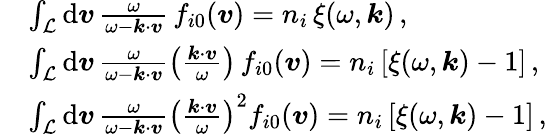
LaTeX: \begin{array}{rl}&{\int_{\mathcal{L}}\mathrm{d}\boldsymbol{v}\, \frac{\omega}{\omega-\boldsymbol{k}\cdot\boldsymbol{v}}\, f_{i0}(\boldsymbol{v})=n_{i}\, \xi(\omega,\boldsymbol{k})\, ,}\\ &{\int_{\mathcal{L}}\mathrm{d}\boldsymbol{v}\, \frac{\omega}{\omega-\boldsymbol{k}\cdot\boldsymbol{v}}\left(\frac{\boldsymbol{k}\cdot\boldsymbol{v}}{\omega}\right)\, f_{i0}(\boldsymbol{v})=n_{i}\, [\xi(\omega,\boldsymbol{k})-1]\, ,}\\ &{\int_{\mathcal{L}}\mathrm{d}\boldsymbol{v}\, \frac{\omega}{\omega-\boldsymbol{k}\cdot\boldsymbol{v}}\left(\frac{\boldsymbol{k}\cdot\boldsymbol{v}}{\omega}\right)^{2}f_{i0}(\boldsymbol{v})=n_{i}\, [\xi(\omega,\boldsymbol{k})-1]\, ,}\end{array}